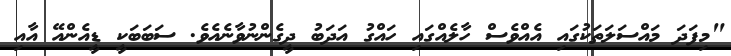
"މިފަދަ މައްސަލަތަކުގައި އެއްވެސް ހާލެއްގައި ހައްގު އަދަބު ދީގެންނުވާނެއެވެ. ސަބަބަކީ ޑީއެންއޭ އާއި